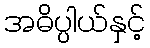
အဓိပ္ပါယ်နှင့်